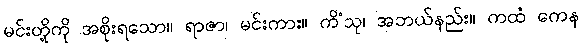
မင်းတို့ကို အစိုးရသော။ ရာဇာ၊ မင်းကား။ ကိံသု၊ အဘယ်နည်း။ ကထံ ကေန